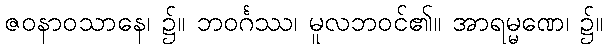
ဇဝနာဝသာနေ၊ ၌။ ဘဝင်္ဂဿ၊ မူလဘဝင်၏။ အာရမ္မဏေ၊ ၌။